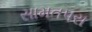
સામતપરા